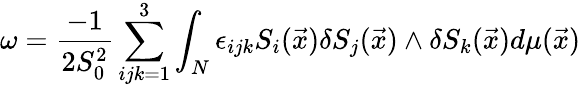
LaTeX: \omega=\frac{-1}{2S_{0}^{2}}\sum_{ijk=1}^{3}\int_{N}\epsilon_{ijk}S_{i}(\vec{x})\delta S_{j}(\vec{x})\wedge\delta S_{k}(\vec{x})d\mu(\vec{x})